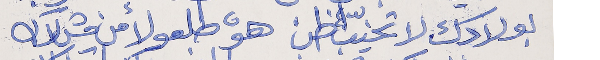
بولادك لا تخيّب ظن      هوْ طلعو لأمن مش لاك